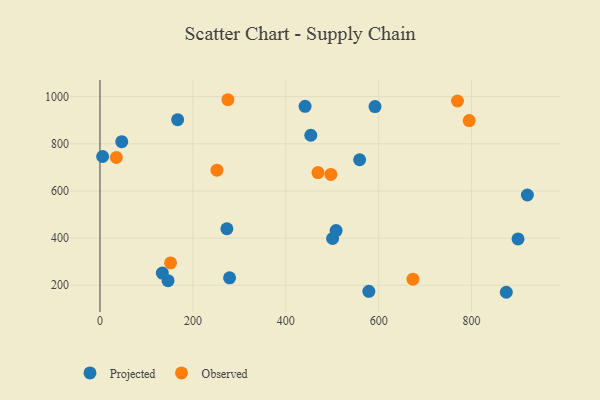
{"axis": {"x": "Speed", "y": "Demand"}, "legend": ["Observed", "Projected"], "data": [{"x": "874.7", "y": 170.3, "type": "Projected"}, {"x": "453.9", "y": 836.2, "type": "Projected"}, {"x": "920.1", "y": 582.8, "type": "Projected"}, {"x": "559.0", "y": 732.3, "type": "Projected"}, {"x": "273.2", "y": 439.8, "type": "Projected"}, {"x": "578.8", "y": 174.3, "type": "Projected"}, {"x": "146.5", "y": 219.7, "type": "Projected"}, {"x": "279.0", "y": 231.6, "type": "Projected"}, {"x": "5.7", "y": 746.1, "type": "Projected"}, {"x": "134.2", "y": 251.7, "type": "Projected"}, {"x": "46.9", "y": 808.8, "type": "Projected"}, {"x": "167.2", "y": 902.4, "type": "Projected"}, {"x": "592.1", "y": 957.8, "type": "Projected"}, {"x": "500.8", "y": 398.4, "type": "Projected"}, {"x": "900.0", "y": 396.6, "type": "Projected"}, {"x": "508.3", "y": 432.1, "type": "Projected"}, {"x": "441.5", "y": 958.8, "type": "Projected"}, {"x": "769.7", "y": 981.5, "type": "Observed"}, {"x": "275.4", "y": 986.9, "type": "Observed"}, {"x": "251.8", "y": 688.1, "type": "Observed"}, {"x": "673.8", "y": 226.0, "type": "Observed"}, {"x": "497.1", "y": 670.2, "type": "Observed"}, {"x": "469.3", "y": 678.0, "type": "Observed"}, {"x": "35.2", "y": 741.9, "type": "Observed"}, {"x": "151.9", "y": 294.8, "type": "Observed"}, {"x": "794.9", "y": 898.4, "type": "Observed"}]}